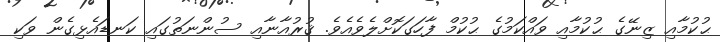
ޙުކުމާއި ޒިނޭގެ ޙުކުމާއި ވައްކަމުގެ ޙުކުމް ފާހަގަކޮށްލެވެއެވެ. ޤުރުއާނާއި ސުންނަތުގައި ކަނޑައެޅިގެން ވަކި